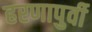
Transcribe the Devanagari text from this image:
हरणापुर्वी